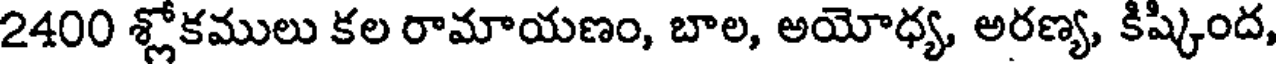
2400 శ్లోకములు కల రామాయణం, బాల, అయోధ్య, అరణ్య, కిష్కింద,